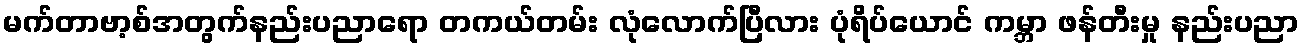
မက်တာဗာ့စ်အတွက်နည်းပညာရော တကယ်တမ်း လုံလောက်ပြီလား ပုံရိပ်ယောင် ကမ္ဘာ ဖန်တီးမှု နည်းပညာ